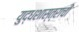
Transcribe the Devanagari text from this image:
युद्धशास्त्राची